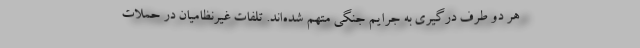
هر دو طرف درگیری به جرایم جنگی متهم شده‌اند. تلفات غیرنظامیان در حملات